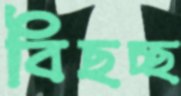
বিছচ্ছ